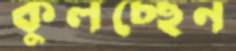
কুলচ্ছেন